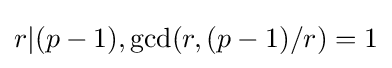
r\vert (p-1),\operatorname {gcd} (r,(p-1)/r)=1